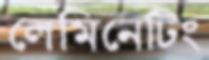
লেমিনেটিং